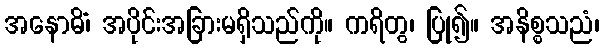
အနောဓိံ၊ အပိုင်းအခြားမရှိသည်ကို။ ကရိတွ၊ ပြု၍။ အနိစ္စသညံ၊